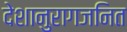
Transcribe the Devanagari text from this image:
देशानुरागजनित